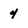
Character: 4